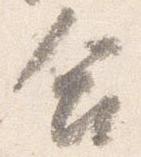
合